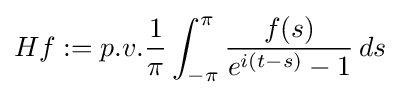
Hf:=p.v.{\frac {1}{\pi }}\int _{-\pi }^{\pi }{\frac {f(s)}{e^{i(t-s)}-1}}\,ds